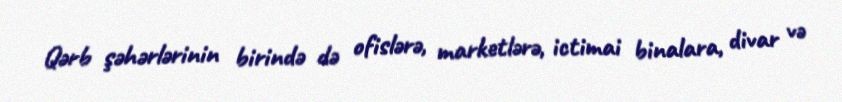
Qərb şəhərlərinin birində də ofislərə, marketlərə, ictimai binalara, divar və